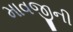
માવજીની